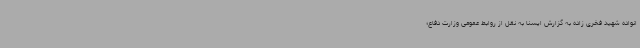
انواده شهید فخری زاده به گزارش ایسنا به نقل از روابط عمومی وزارت دفاع؛